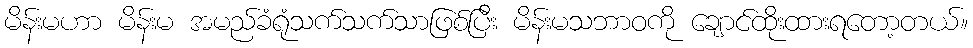
မိန်းမဟာ မိန်းမ အမည်ခံရုံသက်သက်သာဖြစ်ပြီး မိန်းမသဘာဝကို ချောင်ထိုးထားရတော့တယ်။